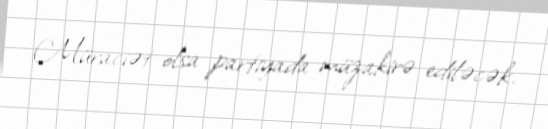
Müraciət olsa partiyada müzakirə ediləcək.